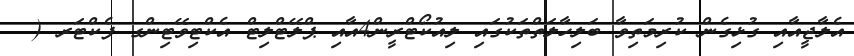
އެލާޖީއާއި ގުޅިގެން ކުރިމަތިވާ ބަލިހާލަތްތަކުގައި ލިއުކޯޓްރީން4އާއި ޕްލޭޓްލިޓް އެކްޓިވޭޓިންގ ފެކްޓަރ (